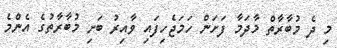
މި ދެ މުބާރާތް މާދަމާ ފަށަން ހަމަޖެހިފައި ވާއިރު ބަށި މުބާރާތުގެ އެންމެ